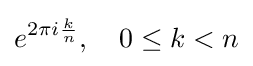
e^{2\pi i{\frac {k}{n}}},\quad 0\leq k<n